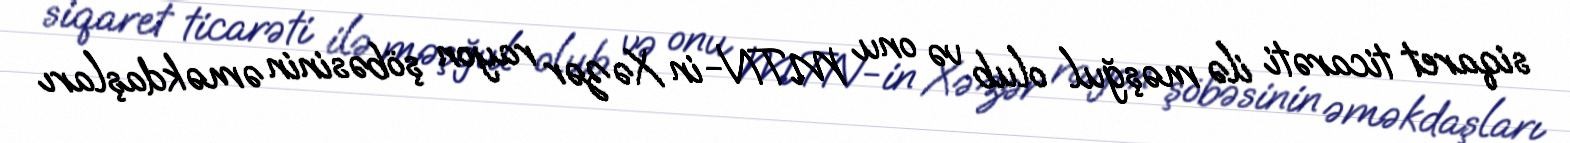
siqaret ticarəti ilə məşğul olub və onu MTN-in Xəzər rayon şöbəsinin əməkdaşları